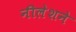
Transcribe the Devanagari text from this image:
नीलेशने